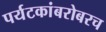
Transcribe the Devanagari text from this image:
पर्यटकांबरोबरच